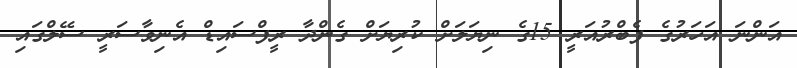
އަންނަ އަހަރުގެ ފެބްރުއަރީ 15ގެ ނިޔަލަށް ކުރިޔަށް ގެންދާ ރީފްސައިޑް އެނިވާސަރީ ސޭލްގައި